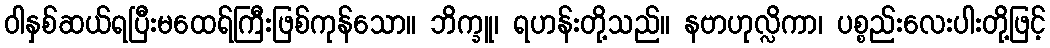
ဝါနှစ်ဆယ်ရပြီးမထေရ်ကြီးဖြစ်ကုန်သော။ ဘိက္ခူ၊ ရဟန်းတို့သည်။ နဗာဟုလ္လိကာ၊ ပစ္စည်းလေးပါးတို့ဖြင့်